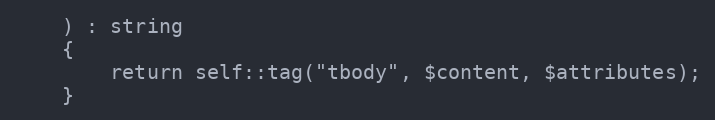
Language: PHP
    ) : string
    {
        return self::tag("tbody", $content, $attributes);
    }